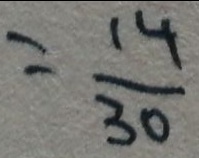
= \frac { 1 4 } { 3 0 }